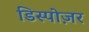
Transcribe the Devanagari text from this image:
डिस्पोज़र